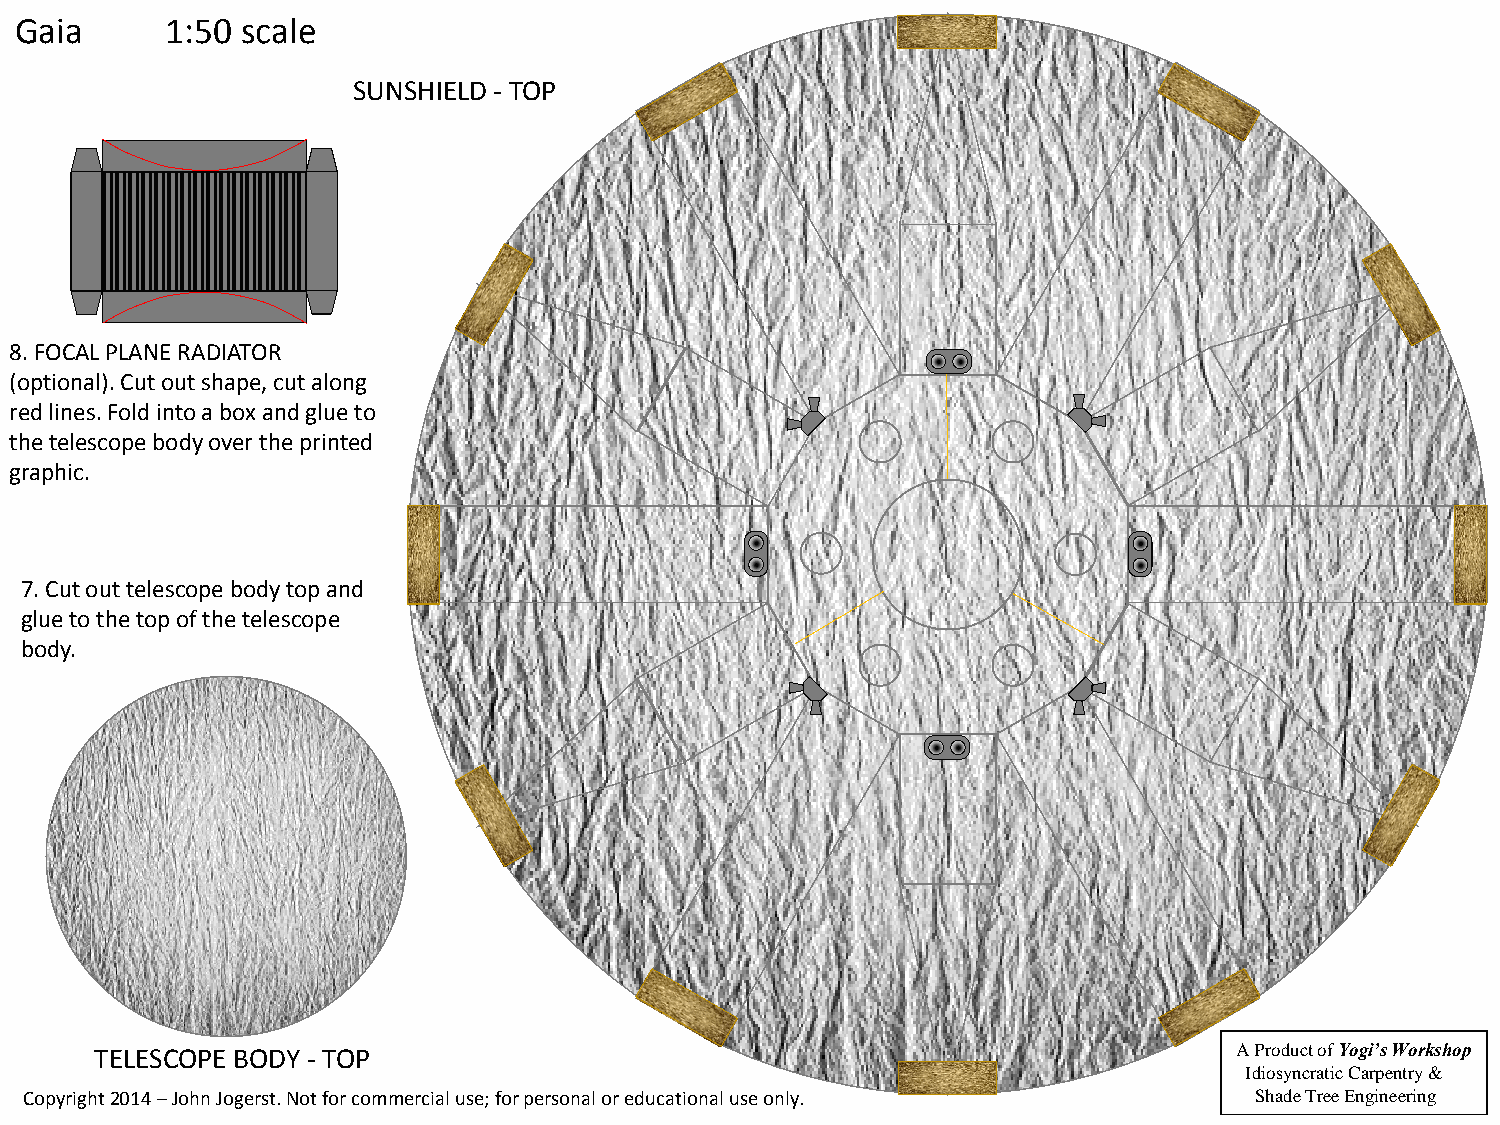
Gaia      1:50 scale
 SUNSHIELD - TOP
 8.FOCAL PLANE RADIATOR
 (optional). Cut out shape, cut along
 red lines. Fold into a box and glue to
 the telescope body over the printed
 graphic.
 7.Cut out telescope body top and
 glue to the top of the telescope
 body.
 TELESCOPE BODY - TOP                                                        A Product of Yogi’s Workshop
 Idiosyncratic Carpentry &
 Copyright 2014 –John Jogerst. Not for commercial use; for personal or educational use only. Shade Tree Engineering